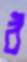
ঠ